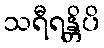
သရီရန္တိပိ